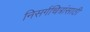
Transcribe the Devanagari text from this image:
निसर्गचित्रांसाठी